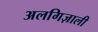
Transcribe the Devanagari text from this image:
अलगिज़ाली